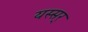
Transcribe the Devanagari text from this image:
यस्सर्